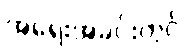
အရေးအခင်းတွင်